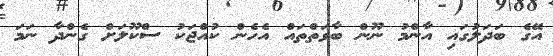
އޭގެ ބަދަލުގައި އާންމު ނޫން ބާވަތްތައް އެހެން ކުއްޖަކު ސްކޫލަށް ގެންދާ ނަމަ